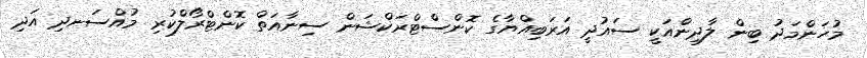
މުހަންމަދު ބިން ލާދިންއަކީ ސައުދީ އަރަބިއްޔާގެ ކޮންސްޓްރަކްޝަން ސިނާއަތް ކޮންޓްރޯލްކުރި މުއްސަނދި އަދި